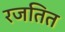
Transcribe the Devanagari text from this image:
रजतित